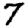
Digit: 7